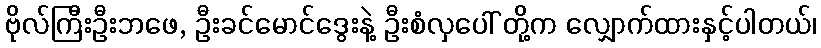
ဗိုလ်ကြီးဦးဘဖေ, ဦးခင်မောင်ဒွေးနဲ့ ဦးစံလှပေါ် တို့က လျှောက်ထားနှင့်ပါတယ်၊